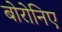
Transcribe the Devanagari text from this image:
बोरोनिए